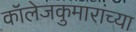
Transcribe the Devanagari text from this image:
कॉलेजकुमारांच्या